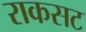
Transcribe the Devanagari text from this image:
राकसट